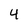
Character: 4